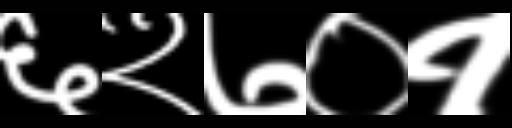
Text: ६२७०१